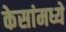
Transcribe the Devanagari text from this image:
केसांमध्ये